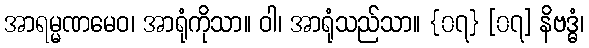
အာရမ္မဏမေဝ၊ အာရုံကိုသာ။ ဝါ၊ အာရုံသည်သာ။ {၀၇} [၀၇] နိဗဒ္ဓံ၊